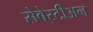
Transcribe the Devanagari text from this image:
सेबेस्टीअन